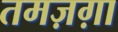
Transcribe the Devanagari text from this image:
तमज़ग़ा